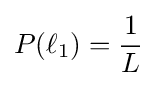
P(\ell _{1})={\frac {1}{L}}